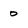
Character: 0